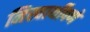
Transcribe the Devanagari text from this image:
निस्वार्थीपणे